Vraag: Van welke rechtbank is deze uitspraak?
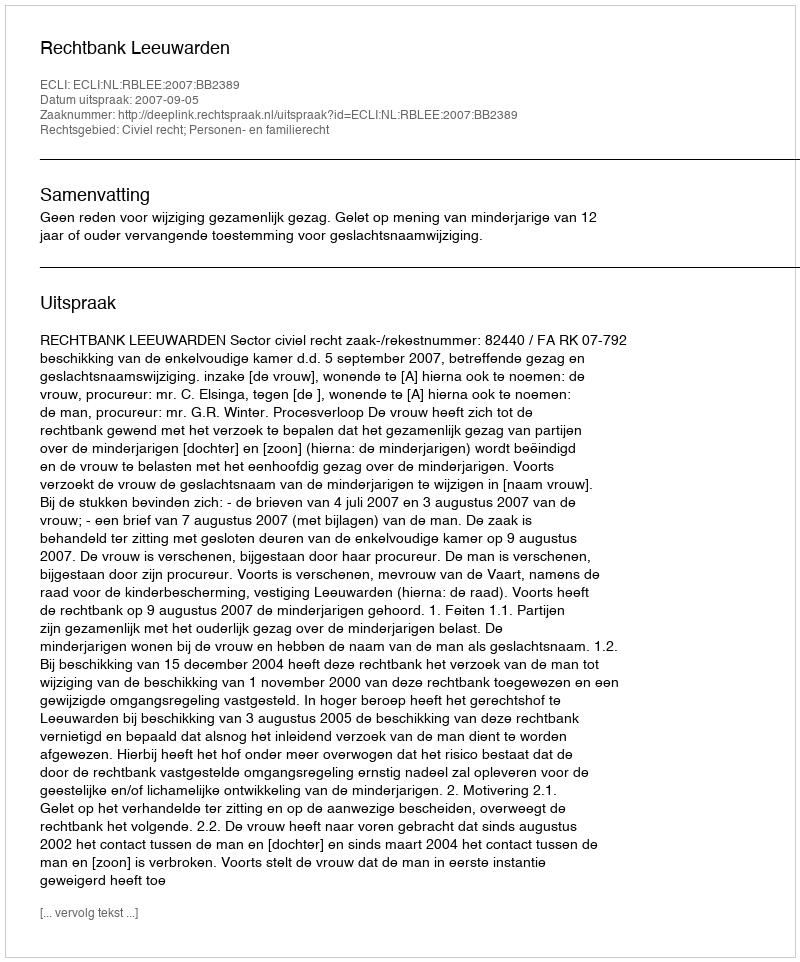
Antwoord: Rechtbank Leeuwarden